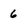
Character: 6